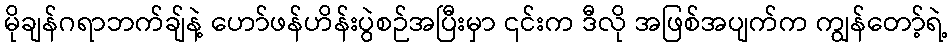
မိုချန်ဂရာဘက်ချ်နဲ့ ဟော်ဖန်ဟိန်းပွဲစဉ်အပြီးမှာ ၎င်းက ဒီလို အဖြစ်အပျက်က ကျွန်တော့်ရဲ့